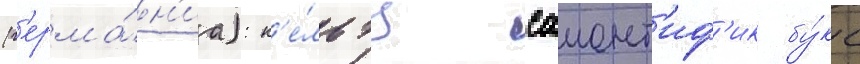
(г'ерма́н'иа): к'е́льтц саиент'иф'ик бу́кс